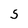
Character: S